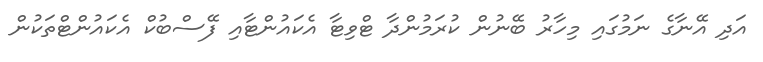
އަދި އޭނާގެ ނަމުގައި މިހާރު ބޭނުން ކުރަމުންދާ ޓްވިޓާ އެކައުންޓާއި ފޭސްބުކް އެކައުންޓްތަކުން